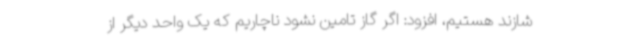
شازند هستیم، افزود: اگر گاز تامین نشود ناچاریم که یک واحد دیگر از